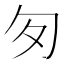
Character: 匇